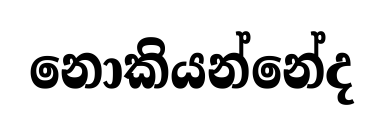
නොකියන්නේද